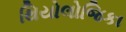
થિયોલોજિકા